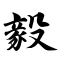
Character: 毅